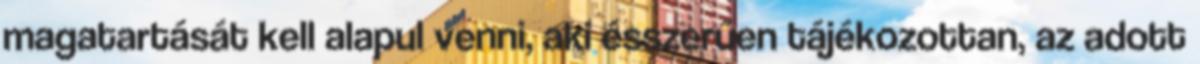
magatartását kell alapul venni, aki ésszerűen tájékozottan, az adott